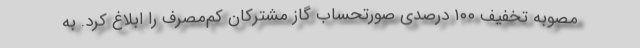
مصوبه تخفیف ۱۰۰ درصدی صورتحساب گاز مشترکان کم‌مصرف را ابلاغ کرد. به